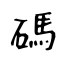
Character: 碼